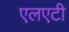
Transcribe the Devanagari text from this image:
एलएटी